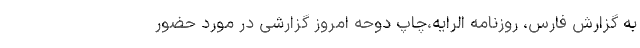
به گزارش فارس، روزنامه الرایه،‌چاپ دوحه امروز گزارشی در مورد حضور